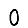
Digit: 0